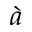
\grave { a }